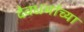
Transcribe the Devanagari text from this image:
देवधर्माच्या